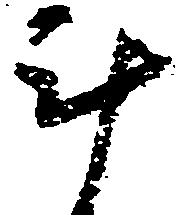
計